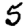
Digit: 5